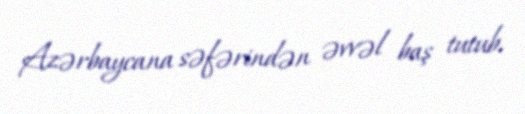
Azərbaycana səfərindən əvvəl baş tutub.